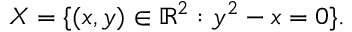
X = \{ ( x , y ) \in \mathbb { R } ^ { 2 } : y ^ { 2 } - x = 0 \} .